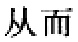
从而